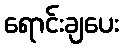
ရောင်းချပေး